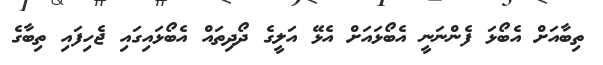
ތިބާއަށް އެބޯޅަ ފެންނަނީ އެބޯޅައަށް އެޅޭ އަލީގެ ދޯދިތައް އެބޯޅައިގައި ޖެހިފައި ތިބާގެ